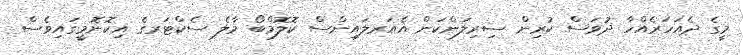
މީގެ ދެއަހަރެއްހާ ދުވަސް ކުރިން ސިރިލަންކަން އެއަރލައިންސް ކޮލޮމްބޯ މާލެ ސެކްޓަރގެ އިކޮނޮމީގައިވެސް